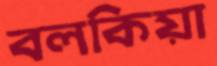
বলকিয়া